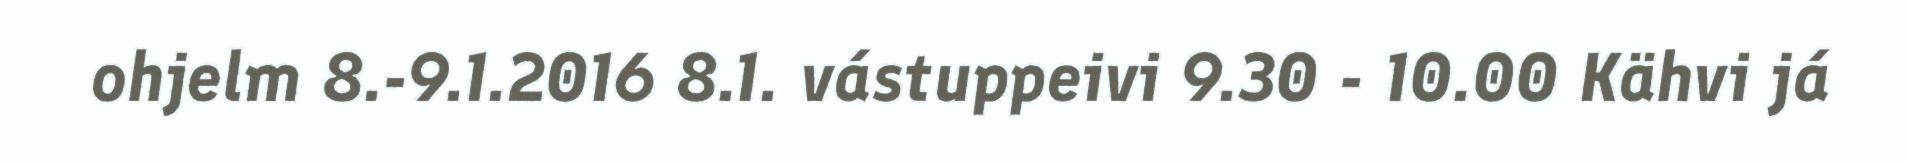
ohjelm 8.-9.1.2016 8.1. vástuppeivi 9.30 - 10.00 Kähvi já